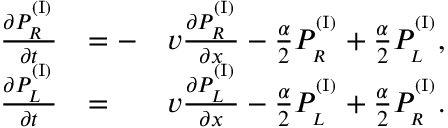
\begin{array} { r l r } { \frac { \partial P _ { _ R } ^ { ^ { ( \mathrm { I } ) } } } { \partial t } } & { = - } & { v \frac { \partial P _ { _ R } ^ { ^ { ( \mathrm { I } ) } } } { \partial x } - \frac { \alpha } { 2 } P _ { _ R } ^ { ^ { ( \mathrm { I } ) } } + \frac { \alpha } { 2 } P _ { _ L } ^ { ^ { ( \mathrm { I } ) } } , } \\ { \frac { \partial P _ { _ L } ^ { ^ { ( \mathrm { I } ) } } } { \partial t } } & { = } & { v \frac { \partial P _ { _ L } ^ { ^ { ( \mathrm { I } ) } } } { \partial x } - \frac { \alpha } { 2 } P _ { _ L } ^ { ^ { ( \mathrm { I } ) } } + \frac { \alpha } { 2 } P _ { _ R } ^ { ^ { ( \mathrm { I } ) } } . } \end{array}